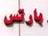
بارتس